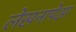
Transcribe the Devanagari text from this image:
लेखनापेक्षा